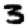
Digit: 3